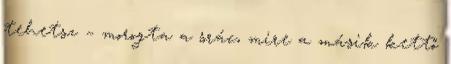
tehetsz – morogta a srác, mire a másik kettő